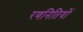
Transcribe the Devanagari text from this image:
रणनितियों